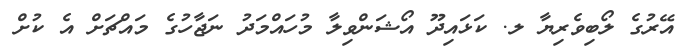
އޭރުގެ ލޯބިވެރިޔާ ލ. ކަޅައިދޫ އޯޝަންވިލާ މުހައްމަދު ނަޖާހުގެ މައްޗަށް އެ ކުށް